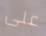
على